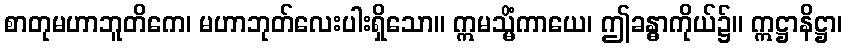
စာတုမဟာဘူတိကေ၊ မဟာဘုတ်လေးပါးရှိသော။ ဣမသ္မိံကာယေ၊ ဤခန္ဓာကိုယ်၌။ ဣဋ္ဌာနိဋ္ဌာ၊